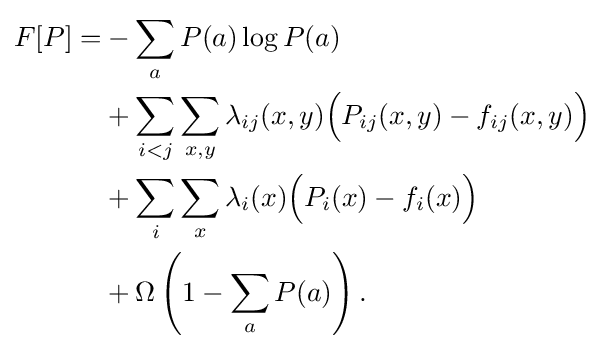
{\begin{aligned}F[P]=&-\sum \limits _{a}P(a)\log P(a)\\&+\sum \limits _{i<j}\sum \limits _{x,y}\lambda _{ij}(x,y){\Big (}P_{ij}(x,y)-f_{ij}(x,y){\Big )}\\&+\sum \limits _{i}\sum \limits _{x}\lambda _{i}(x){\Big (}P_{i}(x)-f_{i}(x){\Big )}\\&+\Omega \left(1-\sum \limits _{a}P(a)\right).\end{aligned}}